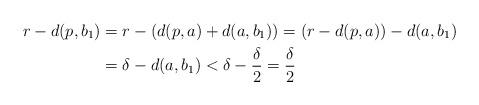
LaTeX: \begin{align*}r-d(p, b_1) &=r-(d(p, a)+d(a, b_1))=(r-d(p,a))-d(a, b_1) \\&=\delta-d(a, b_1)<\delta-\frac{\delta}{2}=\frac{\delta}{2} \end{align*}